Civil Veterinary Department Bihar reports 1940-50 - 1940-1950
Year: 1940
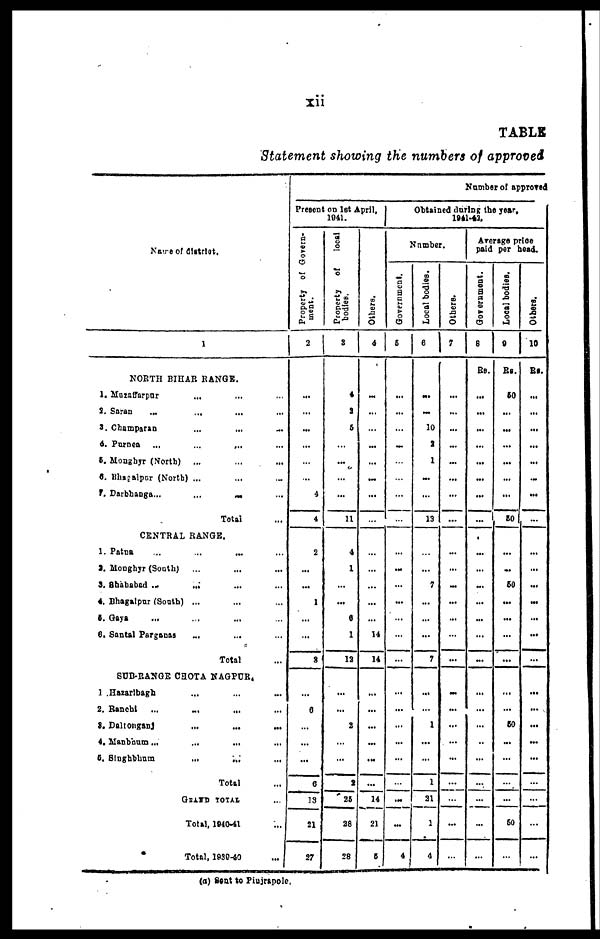
xii
TABLE
Statement showing the numbers of approved
Name of district
1
NORTH BIHAR RANGE.
1. Muzaffarpur ... ... ...
S. Saran ... ... ...
3. Champaran ... ...
4. Purnea ...
...
...
6. Moagbyr (North) ... ... ...
6. Bhagalpur (North) ... ...
7. Darbhanga...
...
...
Total ...
CENTRAL RANGE.
1. Patna ... ... ... ...
2. Monghjr (South)
... ... ...
3. Shababad ... ... ...
4. Bhagalpur (South) ... ...
5. Gaya ... ... ...
6. Santal Parganas ... ...
Total ...
SUB-RANGE CHOTA NAGPUR,
1 .Hazarlbagh ... ...
2. Ranehi ... ... ...
3.
Daltonganj
...
...
...
4. Manbhum
...
...
...
5. Singhbhum ... ... ...
Total ...
GRAND TOTAL ...
Total, 1940-41 ...
Total, 1939-40
...
Number of approved
Present on 1st April,
1041.
Property of Govern-
ment .
2
...
...
...
...
...
...
4
4
2
...
...
1
...
...
8
...
6
...
...
...
6
13
21
27
Property
of
local
bodies.
3
4
2
5
...
...
...
...
11
4
1
...
...
6
1
12
...
...
2
...
...
2
25
28
28
Others.
4
...
...
...
...
...
...
...
...
...
...
...
...
...
14
14
...
...
...
...
...
...
14
21
5
Obtained during the year.
1041-43.
Number.
Government.
5
...
...
...
...
...
...
...
...
...
...
...
...
...
...
...
...
...
...
...
...
...
...
...
4
Local bodies.
6
...
...
10
2
1
...
...
13
...
...
7
...
...
...
7
...
...
1
...
...
1
21
1
4
Others.
7
...
...
...
...
...
...
...
...
...
...
...
...
...
...
...
...
...
...
...
...
...
...
...
...
Average price
paid per head.
GOVERNMENT
8
Rs.
...
...
...
...
...
...
...
...
...
...
...
...
...
...
...
...
...
...
...
...
...
...
...
...
Local bodies.
9
Rs.
50
...
...
...
...
...
...
50
...
...
60
...
...
...
...
...
...
60
...
...
...
...
60
...
Others.
10
Rs
...
...
...
...
...
...
...
...
...
...
...
...
...
...
...
...
...
...
...
...
...
...
...
...
(a) sent to Pinjrapole,